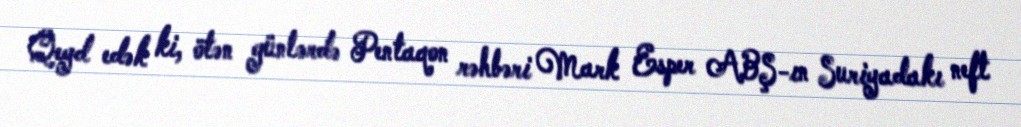
Qeyd edək ki, ötən günlərdə Pentaqon rəhbəri Mark Esper ABŞ-ın Suriyadakı neft